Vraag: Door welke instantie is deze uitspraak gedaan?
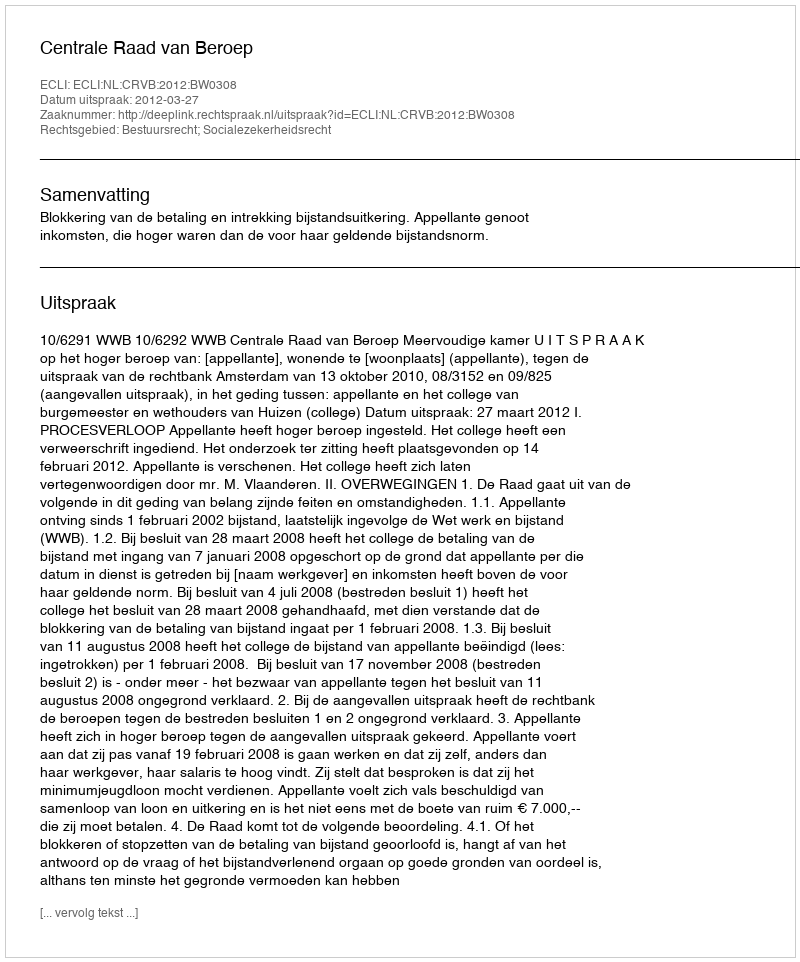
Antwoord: Centrale Raad van Beroep